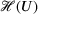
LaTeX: { \mathcal { H } } ( U )